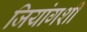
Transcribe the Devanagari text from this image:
जियांगशी